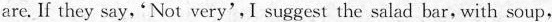
are. If they say, 'Nat very',I suggest the salad bar, with soup,